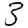
Digit: 3